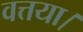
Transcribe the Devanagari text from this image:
वत्तया।